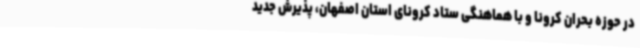
در حوزه بحران کرونا و با هماهنگی ستاد کرونای استان اصفهان، پذیرش جدید